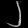
Digit: ၂